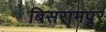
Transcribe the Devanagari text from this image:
बिसरामपुर